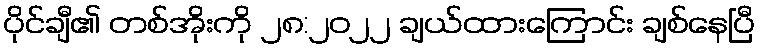
ပိုင်ချီ၏ တစ်အိုးကို ၂၈:၂၀၂၂ ချယ်ထားကြောင်း ချစ်နေပြီ